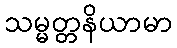
သမ္မတ္တနိယာမာ